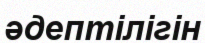
әдептілігін